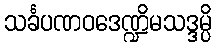
သင်္ခပဏဝဒေဏ္ဍိမသဒ္ဒမ္ပိ